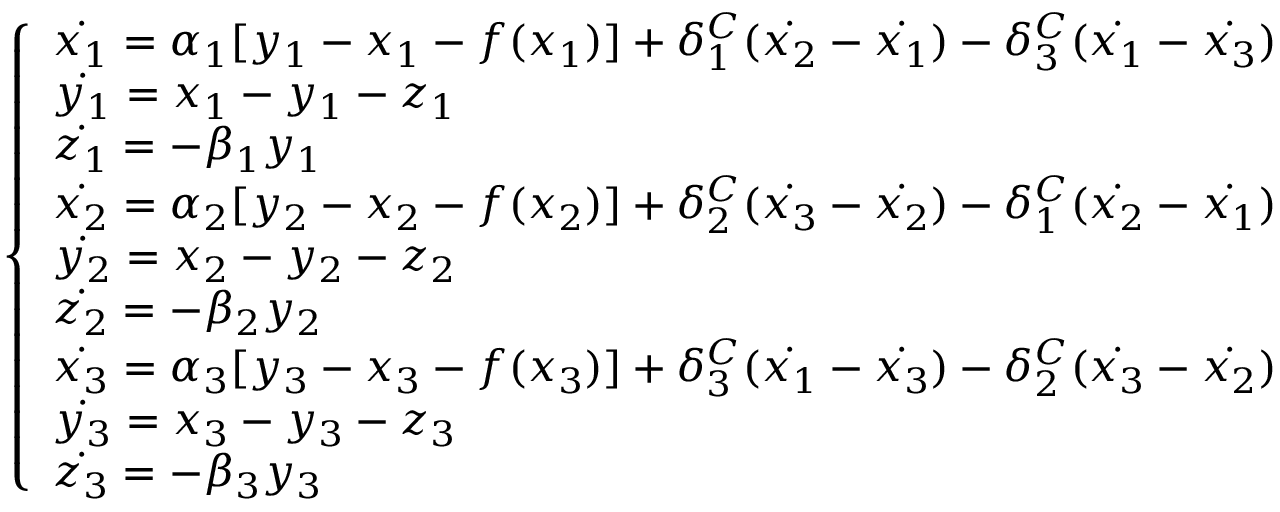
\left\{ \begin{array} { l l } { \dot { x _ { 1 } } = \alpha _ { 1 } [ y _ { 1 } - x _ { 1 } - f ( x _ { 1 } ) ] + \delta _ { 1 } ^ { C } ( \dot { x _ { 2 } } - \dot { x _ { 1 } } ) - \delta _ { 3 } ^ { C } ( \dot { x _ { 1 } } - \dot { x _ { 3 } } ) } \\ { \dot { y _ { 1 } } = x _ { 1 } - y _ { 1 } - z _ { 1 } } \\ { \dot { z _ { 1 } } = - \beta _ { 1 } y _ { 1 } } \\ { \dot { x _ { 2 } } = \alpha _ { 2 } [ y _ { 2 } - x _ { 2 } - f ( x _ { 2 } ) ] + \delta _ { 2 } ^ { C } ( \dot { x _ { 3 } } - \dot { x _ { 2 } } ) - \delta _ { 1 } ^ { C } ( \dot { x _ { 2 } } - \dot { x _ { 1 } } ) } \\ { \dot { y _ { 2 } } = x _ { 2 } - y _ { 2 } - z _ { 2 } } \\ { \dot { z _ { 2 } } = - \beta _ { 2 } y _ { 2 } } \\ { \dot { x _ { 3 } } = \alpha _ { 3 } [ y _ { 3 } - x _ { 3 } - f ( x _ { 3 } ) ] + \delta _ { 3 } ^ { C } ( \dot { x _ { 1 } } - \dot { x _ { 3 } } ) - \delta _ { 2 } ^ { C } ( \dot { x _ { 3 } } - \dot { x _ { 2 } } ) } \\ { \dot { y _ { 3 } } = x _ { 3 } - y _ { 3 } - z _ { 3 } } \\ { \dot { z _ { 3 } } = - \beta _ { 3 } y _ { 3 } } \end{array} \right.